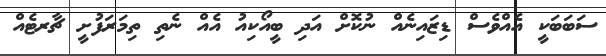
ސަބަބަކީ އެއްވެސް ޑިޒައިނެއް ނުކޮށް އަދި ބީއޯކިއު އެއް ނެތި ތިމަރަފުށީ ޗާރޓެއް